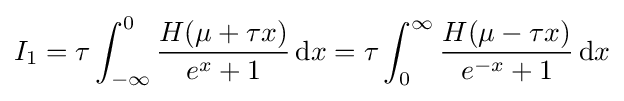
I_{1}=\tau \int _{-\infty }^{0}{\frac {H(\mu +\tau x)}{e^{x}+1}}\,\mathrm {d} x=\tau \int _{0}^{\infty }{\frac {H(\mu -\tau x)}{e^{-x}+1}}\,\mathrm {d} x